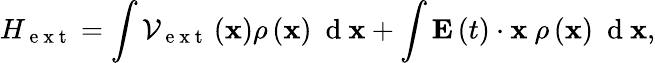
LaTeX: H_{\mathrm{~e~x~t~}}=\int{\mathcal{V}_{\mathrm{~e~x~t~}}\left({\mathbf x}\right)\rho\left({\mathbf x}\right)\ \mathrm{~d~}{\mathbf x}}+\int{{\mathbf E}\left(t\right)\cdot{\mathbf x}\ \rho\left({\mathbf x}\right)\ \mathrm{~d~}{\mathbf x}},